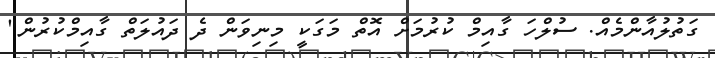
ގަތުލުއާންމެއް. ސުލްހަ ގާއިމް ކުރުމަށް އޮތް މަގަކީ މިނިވަން ދެ ދައުލަތް ގާއިމްކުރުން"